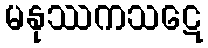
မနုဿကသဋေ